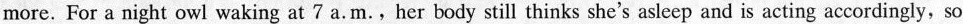
more. For a night owl waking at 7 a.m. , her body still thinks she's asleep and is acting accordingly, so